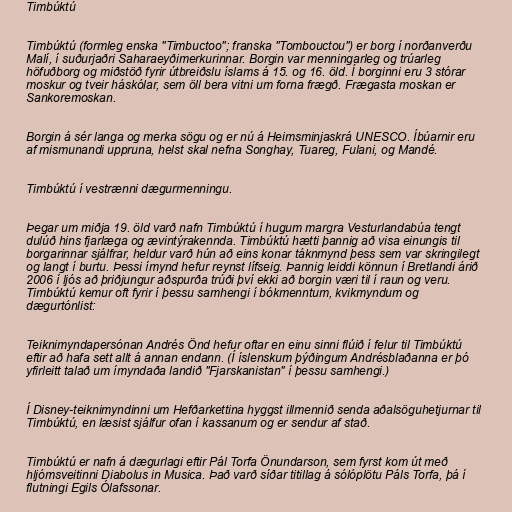
Timbúktú

Timbúktú (formleg enska "Timbuctoo"; franska "Tombouctou") er borg í norðanverðu
Malí, í suðurjaðri Saharaeyðimerkurinnar. Borgin var menningarleg og trúarleg
höfuðborg og miðstöð fyrir útbreiðslu íslams á 15. og 16. öld. Í borginni eru 3 stórar
moskur og tveir háskólar, sem öll bera vitni um forna frægð. Frægasta moskan er
Sankoremoskan.

Borgin á sér langa og merka sögu og er nú á Heimsminjaskrá UNESCO. Íbúarnir eru
af mismunandi uppruna, helst skal nefna Songhay, Tuareg, Fulani, og Mandé.

Timbúktú í vestrænni dægurmenningu.

Þegar um miðja 19. öld varð nafn Timbúktú í hugum margra Vesturlandabúa tengt
dulúð hins fjarlæga og ævintýrakennda. Timbúktú hætti þannig að visa einungis til
borgarinnar sjálfrar, heldur varð hún að eins konar táknmynd þess sem var skringilegt
og langt í burtu. Þessi ímynd hefur reynst lífseig. Þannig leiddi könnun í Bretlandi árið
2006 í ljós að þriðjungur aðspurða trúði því ekki að borgin væri til í raun og veru.
Timbúktú kemur oft fyrir í þessu samhengi í bókmenntum, kvikmyndum og
dægurtónlist:

Teiknimyndapersónan Andrés Önd hefur oftar en einu sinni flúið í felur til Timbúktú
eftir að hafa sett allt á annan endann. (Í íslenskum þýðingum Andrésblaðanna er þó
yfirleitt talað um ímyndaða landið "Fjarskanistan" í þessu samhengi.)

Í Disney-teiknimyndinni um Hefðarkettina hyggst illmennið senda aðalsöguhetjurnar til
Timbúktú, en læsist sjálfur ofan í kassanum og er sendur af stað.

Timbúktú er nafn á dægurlagi eftir Pál Torfa Önundarson, sem fyrst kom út með
hljómsveitinni Diabolus in Musica. Það varð síðar titillag á sólóplötu Páls Torfa, þá í
flutningi Egils Ólafssonar.